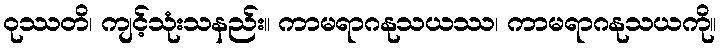
ဝုဿတိ၊ ကျင့်သုံးသနည်း။ ကာမရာဂနုသယဿ၊ ကာမရာဂနုသယကို။